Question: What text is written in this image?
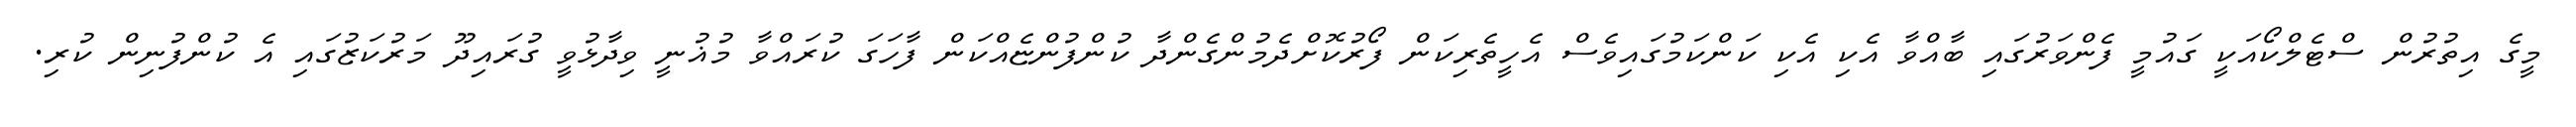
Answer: މީގެ އިތުރުން ސްޓެލްކޯއަކީ ގައުމީ ފެންވަރުގައި ބާއްވާ އެކި އެކި ކަންކަމުގައިވެސް އެހީތެރިކަން ފޯރުކޮށްދެމުންގެންދާ ކުންފުންޏެއްކަން ފާހަގަ ކުރައްވާ މުޣުނީ ވިދާޅުވީ ގުރައިދޫ މަރުކަޒުގައި އެ ކުންފުނިން ކުރި.